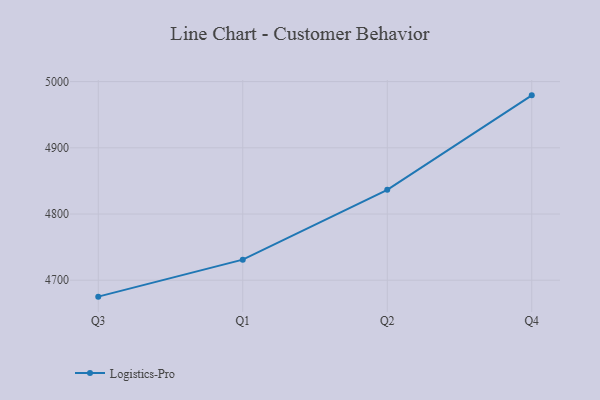
{"axis": {"x": "Quarter", "y": "Operating Costs (USD K)"}, "legend": ["Logistics-Pro"], "data": [{"x": "Q3", "y": 4675.2, "type": "Logistics-Pro"}, {"x": "Q1", "y": 4731.1, "type": "Logistics-Pro"}, {"x": "Q2", "y": 4836.6, "type": "Logistics-Pro"}, {"x": "Q4", "y": 4979.2, "type": "Logistics-Pro"}]}